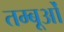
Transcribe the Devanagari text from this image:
तम्बूओं